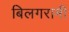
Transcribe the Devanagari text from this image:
बिलगरामी